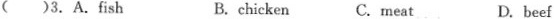
()3.A.Fish B. chicken C.meat D. be